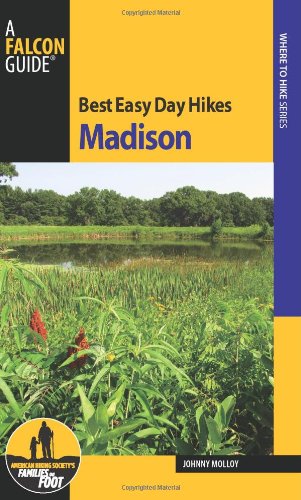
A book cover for Best Easy Day Hikes Madison (Best Easy Day Hikes Series); Johnny Molloy; Travel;